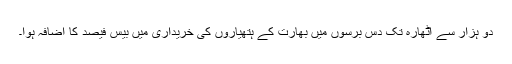
دو ہزار سے اٹھارہ تک دس برسوں میں بھارت کے ہتھیاروں کی خریداری میں بیس فیصد کا اضافہ ہوا۔